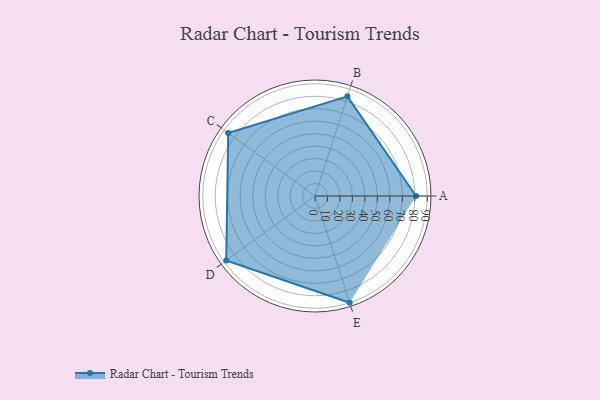
{"axis": {"x": "Skill", "y": "Score"}, "legend": ["Profile"], "data": [{"x": "A", "y": 81.0, "type": "Profile"}, {"x": "B", "y": 84.0, "type": "Profile"}, {"x": "C", "y": 86.0, "type": "Profile"}, {"x": "D", "y": 88.0, "type": "Profile"}, {"x": "E", "y": 90.0, "type": "Profile"}]}